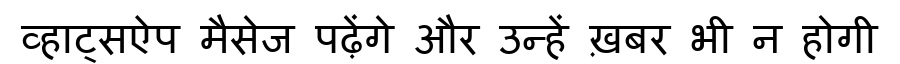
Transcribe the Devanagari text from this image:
व्हाट्सऐप मैसेज पढ़ेंगे और उन्हें ख़बर भी न होगी